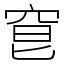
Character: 䆞